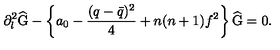
\partial _ { l } ^ { 2 } \widehat { \mathrm { G } } - \left\{ a _ { 0 } - \frac { ( q - \bar { q } ) ^ { 2 } } { 4 } + n ( n + 1 ) f ^ { 2 } \right\} \widehat { \mathrm { G } } = 0 .